Subject: eess
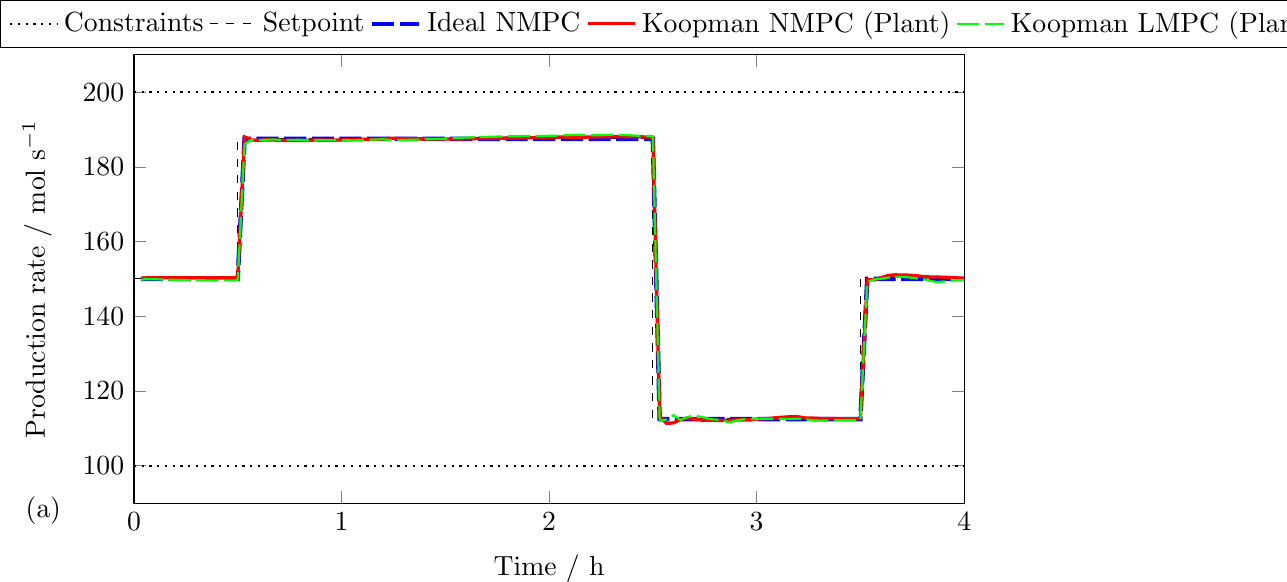
LaTeX code:
			\begin{tikzpicture}
			\begin{axis}[
				width = 1.0\linewidth,
				height = 0.6\linewidth,
				xmin=0, xmax=4,
				ymin=90, ymax=210,
				xmode=normal,
				ymode=normal,
				xtick distance = 1,
				xlabel = {Time / h},
				ylabel = {Production rate / mol s$^{-1}$},
				legend cell align = {left},
				legend style={at={(0,1)},xshift=-1.7cm,yshift=0.7cm, anchor=north west,nodes=right,legend columns=-1}
				]

			\addplot[black, dotted, thick] coordinates {(0,200)(5,200)};

			\addplot[black, dashed,] coordinates {(0,150)(0.5,150)(0.5,187.5)(2.5,187.5)(2.5,112.5)(3.5,112.5)(3.5,150)(4,150)};

			\addplot[blue, dash pattern=on 8pt off 2pt, ultra thick] coordinates
			{
				(0.033,150.000)(0.067,150.000)(0.100,150.000)(0.133,150.000)(0.167,150.000)(0.200,150.000)(0.233,150.000)(0.267,150.000)(0.300,150.000)(0.333,150.000)(0.367,150.000)(0.400,150.000)(0.433,150.000)(0.467,150.000)(0.500,150.000)(0.533,187.500)(0.567,187.500)(0.600,187.500)(0.633,187.500)(0.667,187.500)(0.700,187.500)(0.733,187.500)(0.767,187.500)(0.800,187.500)(0.833,187.500)(0.867,187.500)(0.900,187.500)(0.933,187.500)(0.967,187.500)(1.000,187.500)(1.033,187.500)(1.067,187.491)(1.100,187.500)(1.133,187.494)(1.167,187.500)(1.200,187.500)(1.233,187.500)(1.267,187.500)(1.300,187.500)(1.333,187.500)(1.367,187.500)(1.400,187.500)(1.433,187.500)(1.467,187.500)(1.500,187.500)(1.533,187.500)(1.567,187.500)(1.600,187.500)(1.633,187.500)(1.667,187.500)(1.700,187.500)(1.733,187.500)(1.767,187.500)(1.800,187.500)(1.833,187.500)(1.867,187.500)(1.900,187.500)(1.933,187.500)(1.967,187.500)(2.000,187.500)(2.033,187.500)(2.067,187.500)(2.100,187.500)(2.133,187.500)(2.167,187.500)(2.200,187.500)(2.233,187.500)(2.267,187.500)(2.300,187.500)(2.333,187.500)(2.367,187.500)(2.400,187.500)(2.433,187.500)(2.467,187.500)(2.500,187.500)(2.533,112.500)(2.567,112.500)(2.600,112.500)(2.633,112.500)(2.667,112.500)(2.700,112.500)(2.733,112.500)(2.767,112.500)(2.800,112.500)(2.833,112.500)(2.867,112.500)(2.900,112.500)(2.933,112.500)(2.967,112.500)(3.000,112.500)(3.033,112.500)(3.067,112.500)(3.100,112.500)(3.133,112.500)(3.167,112.500)(3.200,112.500)(3.233,112.500)(3.267,112.500)(3.300,112.500)(3.333,112.500)(3.367,112.500)(3.400,112.500)(3.433,112.500)(3.467,112.500)(3.500,112.500)(3.533,150.000)(3.567,150.000)(3.600,150.000)(3.633,150.000)(3.667,150.000)(3.700,150.000)(3.733,150.000)(3.767,150.000)(3.800,150.000)(3.833,150.000)(3.867,150.000)(3.900,150.000)(3.933,150.000)(3.967,150.000)(4.000,150.000)(4.033,150.000)
			};

			\addplot[red, very thick] coordinates
			{
				(0.033,150.183)(0.067,150.307)(0.100,150.343)(0.133,150.343)(0.167,150.329)(0.200,150.313)(0.233,150.304)(0.267,150.294)(0.300,150.291)(0.333,150.289)(0.367,150.287)(0.400,150.286)(0.433,150.283)(0.467,150.280)(0.500,150.275)(0.533,188.007)(0.567,187.226)(0.600,187.072)(0.633,187.237)(0.667,187.201)(0.700,187.125)(0.733,187.079)(0.767,187.096)(0.800,187.082)(0.833,187.066)(0.867,187.181)(0.900,187.154)(0.933,187.150)(0.967,187.147)(1.000,187.203)(1.033,187.254)(1.067,187.319)(1.100,187.360)(1.133,187.376)(1.167,187.396)(1.200,187.448)(1.233,187.666)(1.267,187.600)(1.300,187.537)(1.333,187.514)(1.367,187.500)(1.400,187.488)(1.433,187.477)(1.467,187.469)(1.500,187.464)(1.533,187.463)(1.567,187.474)(1.600,187.519)(1.633,187.554)(1.667,187.585)(1.700,187.613)(1.733,187.644)(1.767,187.675)(1.800,187.701)(1.833,187.732)(1.867,187.771)(1.900,187.812)(1.933,187.850)(1.967,187.885)(2.000,187.918)(2.033,187.956)(2.067,187.979)(2.100,187.937)(2.133,187.937)(2.167,187.954)(2.200,187.983)(2.233,188.015)(2.267,188.047)(2.300,188.072)(2.333,188.088)(2.367,188.096)(2.400,188.086)(2.433,188.052)(2.467,187.990)(2.500,187.891)(2.533,113.209)(2.567,111.330)(2.600,111.489)(2.633,112.386)(2.667,112.684)(2.700,112.496)(2.733,112.213)(2.767,112.174)(2.800,112.163)(2.833,112.131)(2.867,112.165)(2.900,112.296)(2.933,112.355)(2.967,112.317)(3.000,112.489)(3.033,112.578)(3.067,112.685)(3.100,112.878)(3.133,113.015)(3.167,113.125)(3.200,113.102)(3.233,112.784)(3.267,112.767)(3.300,112.660)(3.333,112.631)(3.367,112.615)(3.400,112.604)(3.433,112.597)(3.467,112.592)(3.500,112.596)(3.533,149.768)(3.567,149.789)(3.600,150.321)(3.633,150.913)(3.667,151.087)(3.700,151.060)(3.733,151.007)(3.767,150.861)(3.800,150.651)(3.833,150.537)(3.867,150.521)(3.900,150.447)(3.933,150.393)(3.967,150.268)(4.000,150.188)(4.033,150.100)
			};

			\addplot[green, dash pattern=on 8pt off 2pt, thick] coordinates
			{
				(0.033,149.850)(0.067,149.936)(0.100,149.908)(0.133,149.846)(0.167,149.792)(0.200,149.746)(0.233,149.707)(0.267,149.675)(0.300,149.650)(0.333,149.628)(0.367,149.610)(0.400,149.608)(0.433,149.613)(0.467,149.617)(0.500,149.625)(0.533,186.101)(0.567,187.250)(0.600,187.169)(0.633,187.252)(0.667,187.310)(0.700,187.264)(0.733,187.189)(0.767,187.217)(0.800,187.267)(0.833,187.067)(0.867,187.140)(0.900,187.182)(0.933,187.133)(0.967,187.112)(1.000,187.118)(1.033,187.099)(1.067,187.083)(1.100,187.168)(1.133,187.274)(1.167,187.312)(1.200,187.381)(1.233,187.193)(1.267,187.150)(1.300,187.192)(1.333,187.248)(1.367,187.303)(1.400,187.357)(1.433,187.408)(1.467,187.457)(1.500,187.504)(1.533,187.697)(1.567,187.776)(1.600,187.844)(1.633,187.911)(1.667,187.972)(1.700,188.026)(1.733,188.079)(1.767,188.125)(1.800,188.165)(1.833,188.198)(1.867,188.226)(1.900,188.246)(1.933,188.262)(1.967,188.285)(2.000,188.313)(2.033,188.353)(2.067,188.420)(2.100,188.514)(2.133,188.587)(2.167,188.528)(2.200,188.457)(2.233,188.483)(2.267,188.554)(2.300,188.597)(2.333,188.573)(2.367,188.499)(2.400,188.408)(2.433,188.324)(2.467,188.257)(2.500,188.203)(2.533,112.017)(2.567,112.395)(2.600,113.528)(2.633,112.233)(2.667,113.070)(2.700,113.392)(2.733,113.078)(2.767,112.591)(2.800,112.375)(2.833,112.186)(2.867,111.611)(2.900,112.067)(2.933,112.404)(2.967,112.502)(3.000,112.537)(3.033,112.597)(3.067,112.562)(3.100,112.536)(3.133,112.504)(3.167,112.518)(3.200,112.619)(3.233,112.468)(3.267,112.175)(3.300,112.077)(3.333,112.111)(3.367,112.161)(3.400,112.204)(3.433,112.228)(3.467,112.239)(3.500,112.248)(3.533,149.177)(3.567,149.877)(3.600,150.037)(3.633,150.347)(3.667,150.483)(3.700,150.539)(3.733,150.422)(3.767,150.162)(3.800,150.044)(3.833,149.523)(3.867,149.177)(3.900,149.304)(3.933,149.486)(3.967,149.633)(4.000,149.698)(4.033,149.747)
			};

					\addplot[gray, dash dot, very thick] coordinates{(0,0)(0,1)};
					\addplot[orange, dash dot, very thick] coordinates{(0,0)(0,1)};

					\addplot[black, dotted, thick] coordinates {(0,100)(5,100)};

					\addlegendentry{Constraints};
					\addlegendentry{Setpoint};
					\addlegendentry{Ideal NMPC};
					\addlegendentry{Koopman NMPC (Plant)};
					\addlegendentry{Koopman LMPC (Plant)};
        			\addlegendentry{Koopman NMPC (Prediction)};
        			\addlegendentry{Koopman LMPC (Prediction)};

				\end{axis}
				\draw[] (0,0) (-1.5,-0.1) node[above,right] {\normalsize (a)};
			\end{tikzpicture}